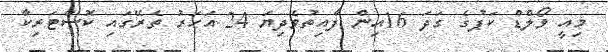
މިއީ ވޯލްޑް ކަޕުގެ ގަދަ 16އިން ފާއިތުވެދިޔަ 24 އަހަރު ތެރޭގައި ކޮސްޓަރިކާ